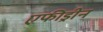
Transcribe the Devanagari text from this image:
एफीड्रीन